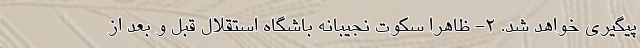
پیگیری خواهد شد. ۲- ظاهرا سکوت نجیبانه باشگاه استقلال قبل و بعد از